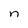
Character: n